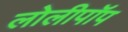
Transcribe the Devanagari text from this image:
लोलीपॉप